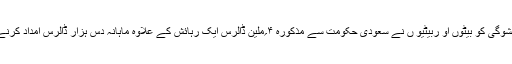
پوسٹ کے مطابق خشوگی کو بیٹوں او ربیٹیو ں نے سعودی حکومت سے مذکورہ ۴؍ملین ڈالرس ایک رہائش کے علاوہ ماہانہ دس ہزار ڈالرس امداد کرنے کابھی مطالبہ کیا ۔